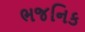
ભજનિક